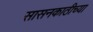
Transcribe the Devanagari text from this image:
सासनकाठीच्या